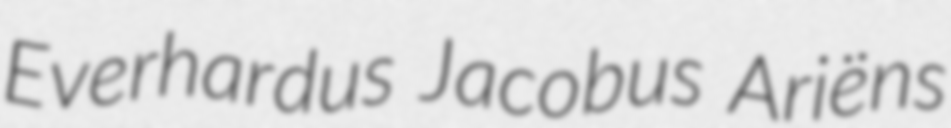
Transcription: Everhardus Jacobus Ariëns